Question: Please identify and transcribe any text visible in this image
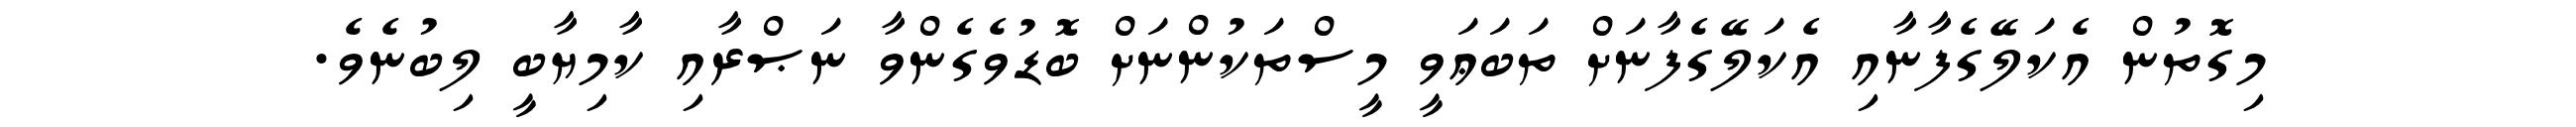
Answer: މިގޮތުން އެކަލޭގެފާނާއި އެކަލޭގެފާނަށް ތަބަޢަވީ މީސްތަކުންނަށް ބޮޑުވެގެންވާ ނަޞްރާއި ކާމިޔާބީ ލިބުނެވެ.